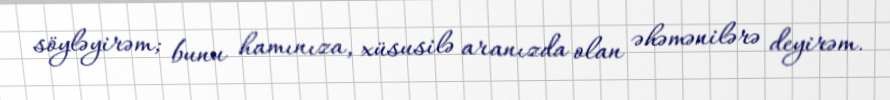
söyləyirəm; bunu hamınıza, xüsusilə aranızda olan əhəmənilərə deyirəm.